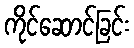
ကိုင်ဆောင်ခြင်း